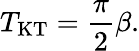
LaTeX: T_{\mathrm{KT}}=\frac{\pi}{2}\beta.